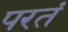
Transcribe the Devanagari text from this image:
परतं